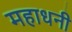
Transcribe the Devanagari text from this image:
महाधनी